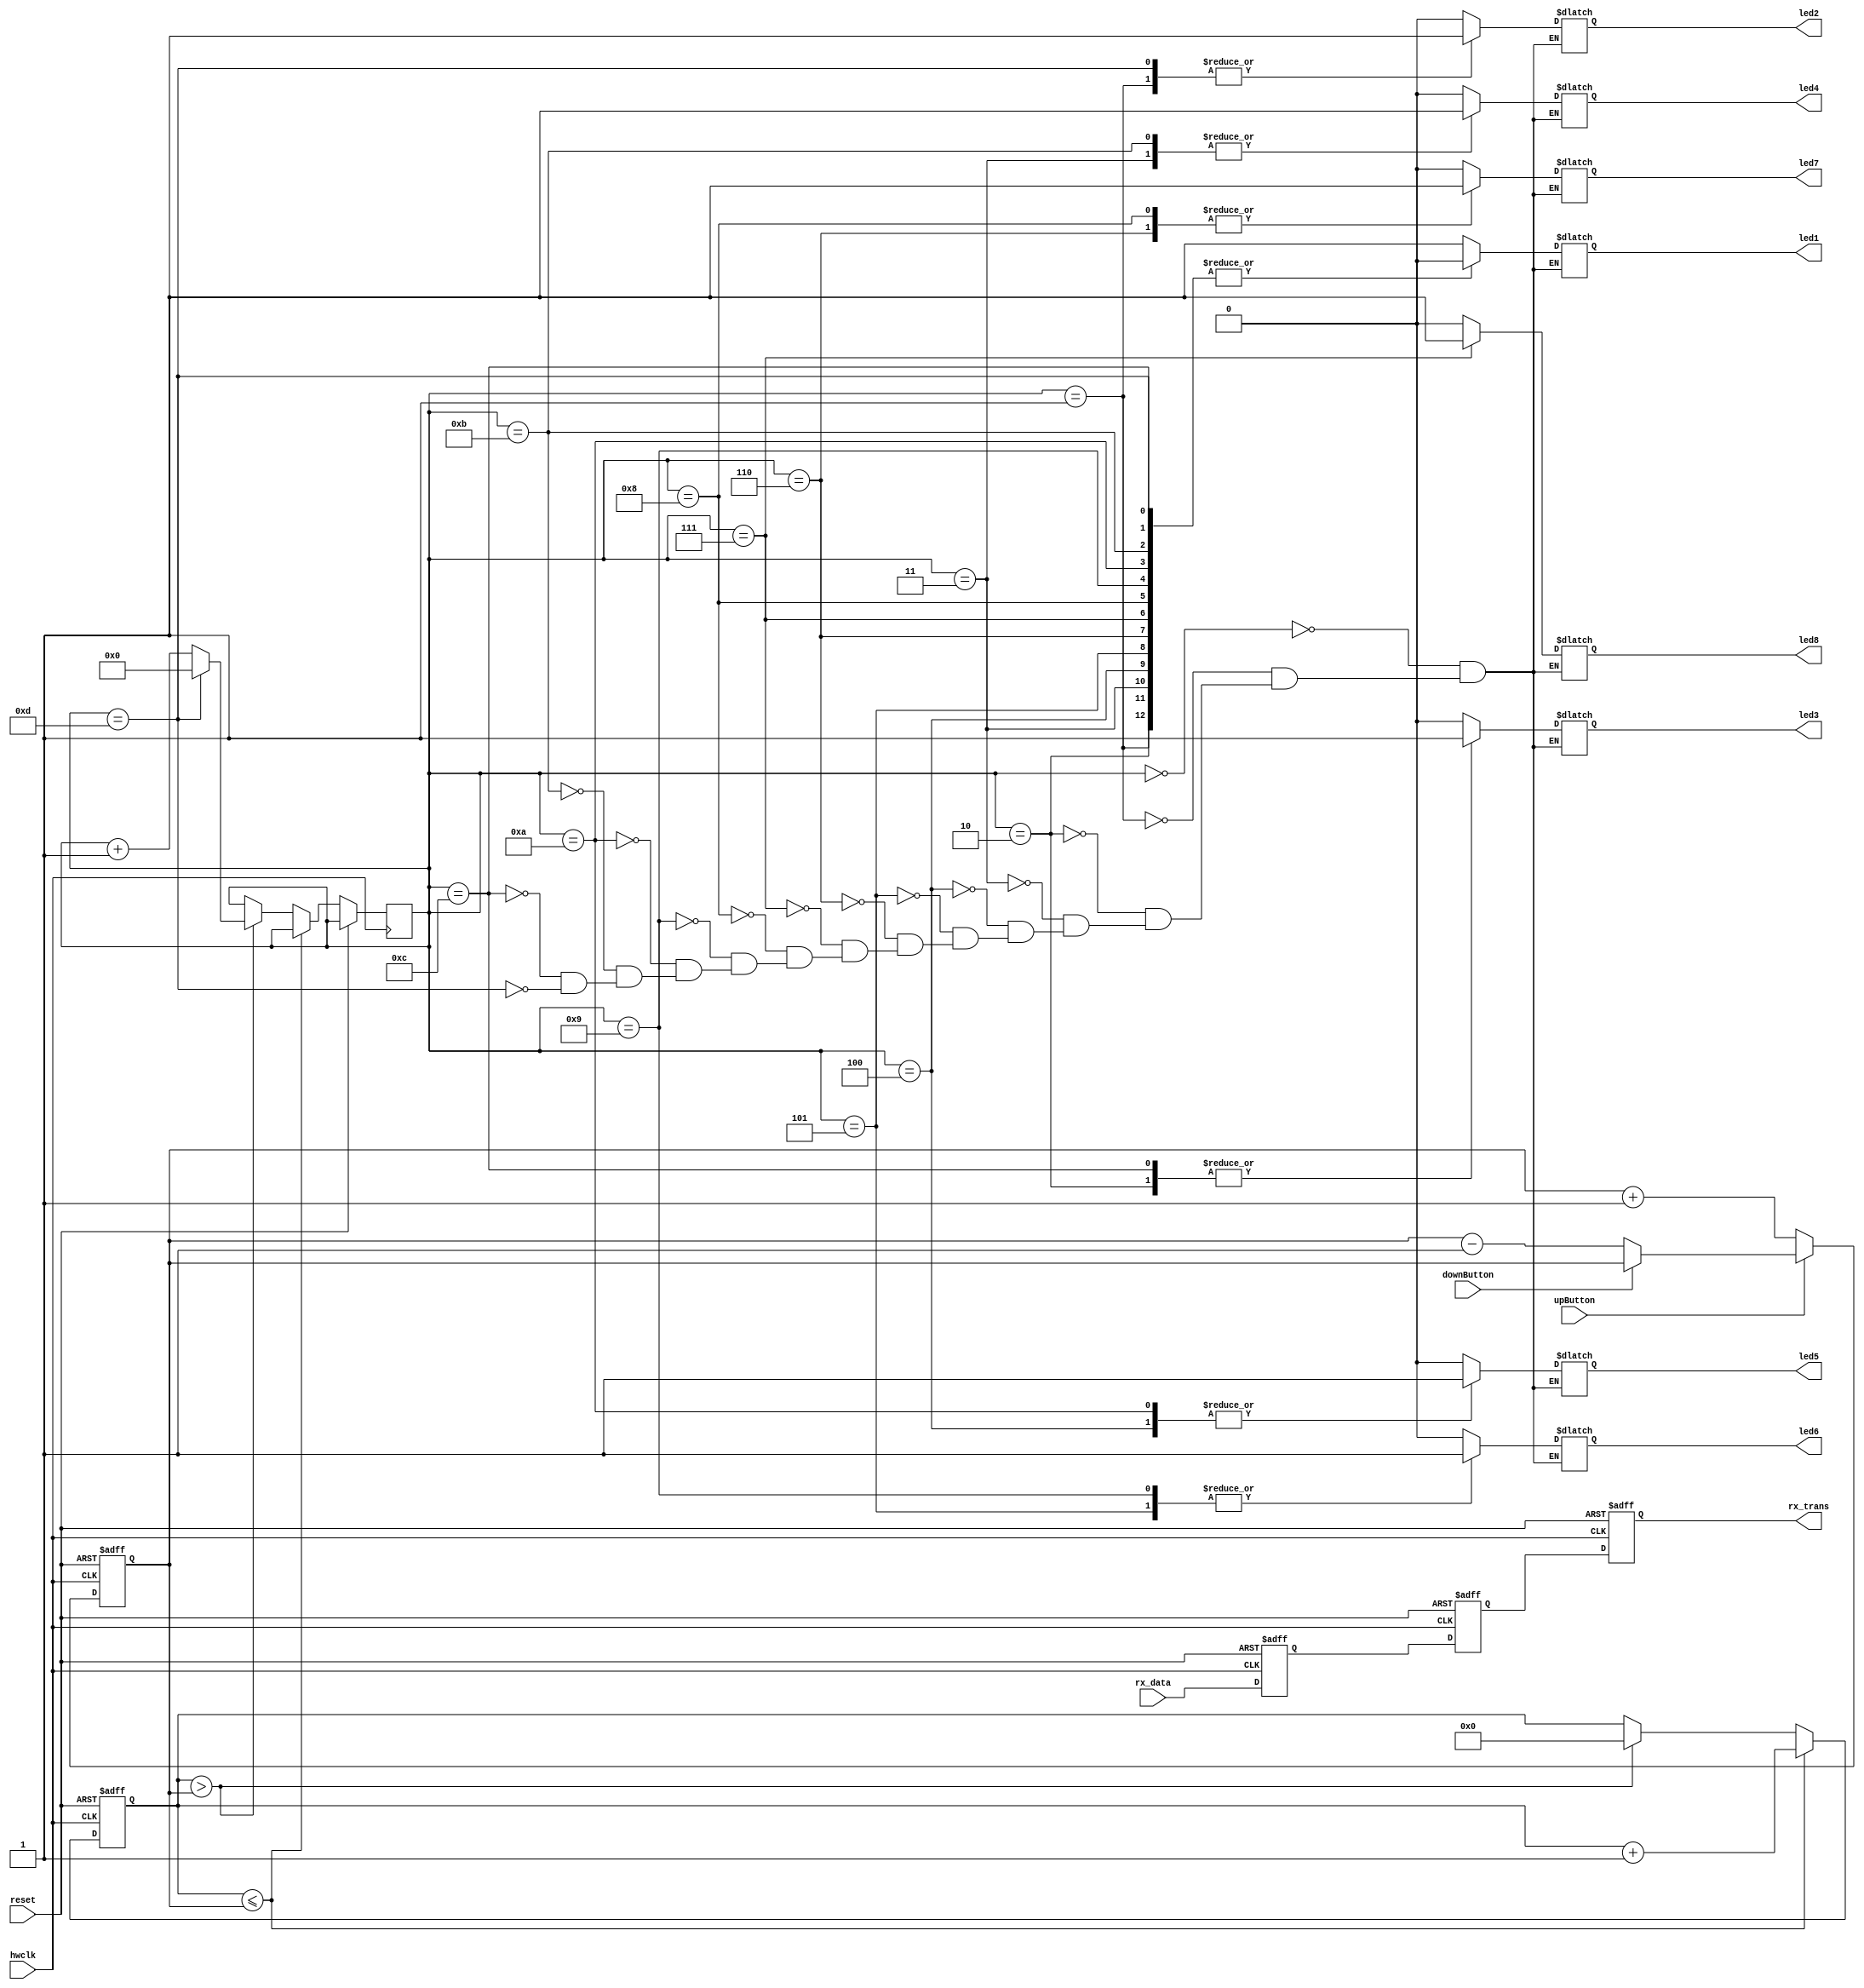
// v1.3 - writes input data line to output 1 clock delayed
/* module */
module top (hwclk, reset, led1, led2, led3, led4, led5, led6, led7, led8, upButton, downButton, rx_data, rx_trans);
    /* I/O */
    input hwclk; 
    input reset; 

    output reg led1; 
    output reg led2; 
    output reg led3; 
    output reg led4; 
    output reg led5; 
    output reg led6; 
    output reg led7; 
    output reg led8;

	input upButton; 
	input downButton;

    input rx_data;
    output reg rx_trans;


    /* State register */
    reg [4:0] state = 5'b00000; // Increase state register size

    /* Counter register */
    reg [31:0] counter = 32'b0; 

	/* Speed register */
	reg [31:0] speedCounter = 32'b0; 


    reg [31:0] counter2;
    reg rx_data_dly;
    reg rx_data_dly_dly;
    reg [7:0] received_byte;
    reg [3:0] bit_counter; 



    /* always */
	always @(posedge hwclk or posedge reset) begin
		if (reset) begin
			speedCounter <= 32'b00000000000100000000000000000000; 
		end else begin
			if (~upButton) begin
				speedCounter <= speedCounter + 1;
			end

			else if (~downButton) begin
				speedCounter <= speedCounter - 1;
			end
		end
	end      
    


    always @(posedge hwclk or posedge reset) begin
        if (reset) begin
            counter <= 32'b0;
        end else begin
			 if (counter <= speedCounter) begin
            	counter <= counter + 1;
			 end

			 else if (counter > speedCounter) begin
			 	counter <= 32'b0;
				state <= state + 1;
				if(state == 13) state <= 0; // Reset state after reaching 16
			 end
			 
        end
    end


    /* LED drivers */
	always @(*) begin

	case (state)
        5'b00000: {led1, led2, led3, led4, led5, led6, led7, led8} = 8'b10000000;
        5'b00001: {led1, led2, led3, led4, led5, led6, led7, led8} = 8'b01000000;
        5'b00010: {led1, led2, led3, led4, led5, led6, led7, led8} = 8'b00100000;
        5'b00011: {led1, led2, led3, led4, led5, led6, led7, led8} = 8'b00010000;
        5'b00100: {led1, led2, led3, led4, led5, led6, led7, led8} = 8'b00001000;
        5'b00101: {led1, led2, led3, led4, led5, led6, led7, led8} = 8'b00000100;
        5'b00110: {led1, led2, led3, led4, led5, led6, led7, led8} = 8'b00000010;
        5'b00111: {led1, led2, led3, led4, led5, led6, led7, led8} = 8'b00000001;

        // Reverse direction
        5'b01000: {led1, led2, led3, led4, led5, led6, led7, led8} = 8'b00000010;
        5'b01001: {led1, led2, led3, led4, led5, led6, led7, led8} = 8'b00000100;
        5'b01010: {led1, led2, led3, led4, led5, led6, led7, led8} = 8'b00001000;
        5'b01011: {led1, led2, led3, led4, led5, led6, led7, led8} = 8'b00010000;
        5'b01100: {led1, led2, led3, led4, led5, led6, led7, led8} = 8'b00100000;
        5'b01101: {led1, led2, led3, led4, led5, led6, led7, led8} = 8'b01000000;
	endcase
	
	end


    always @(posedge hwclk or posedge reset) begin
    if (reset) begin
        rx_data_dly <= 1'b0;
        rx_data_dly_dly <= 1'b0;
        counter2 <= 0;
        bit_counter <= 4'b0000;
        rx_trans <= 1'b0;

    end else begin
        rx_data_dly <= rx_data;
        rx_data_dly_dly <= rx_data_dly;  
        rx_trans <= rx_data_dly_dly;
    end
end

endmodule